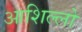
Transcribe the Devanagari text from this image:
आशिल्लो